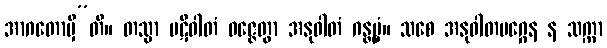
အာဂတောမှီ”တိ။ တသ္မာ ပဋိဝါတံ ဝဇ္ဇေတွာ အနုဝါတံ ဂန္တဗ္ဗံ။ သစေ အနုဝါတမဂ္ဂေန န သက္ကာ